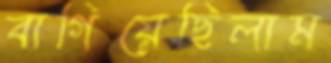
বাগিয়েছিলাম